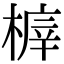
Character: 𣖸